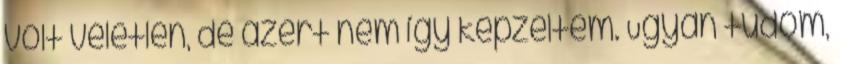
volt véletlen, de azért nem így képzeltem. Ugyan tudom,